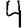
Digit: 4